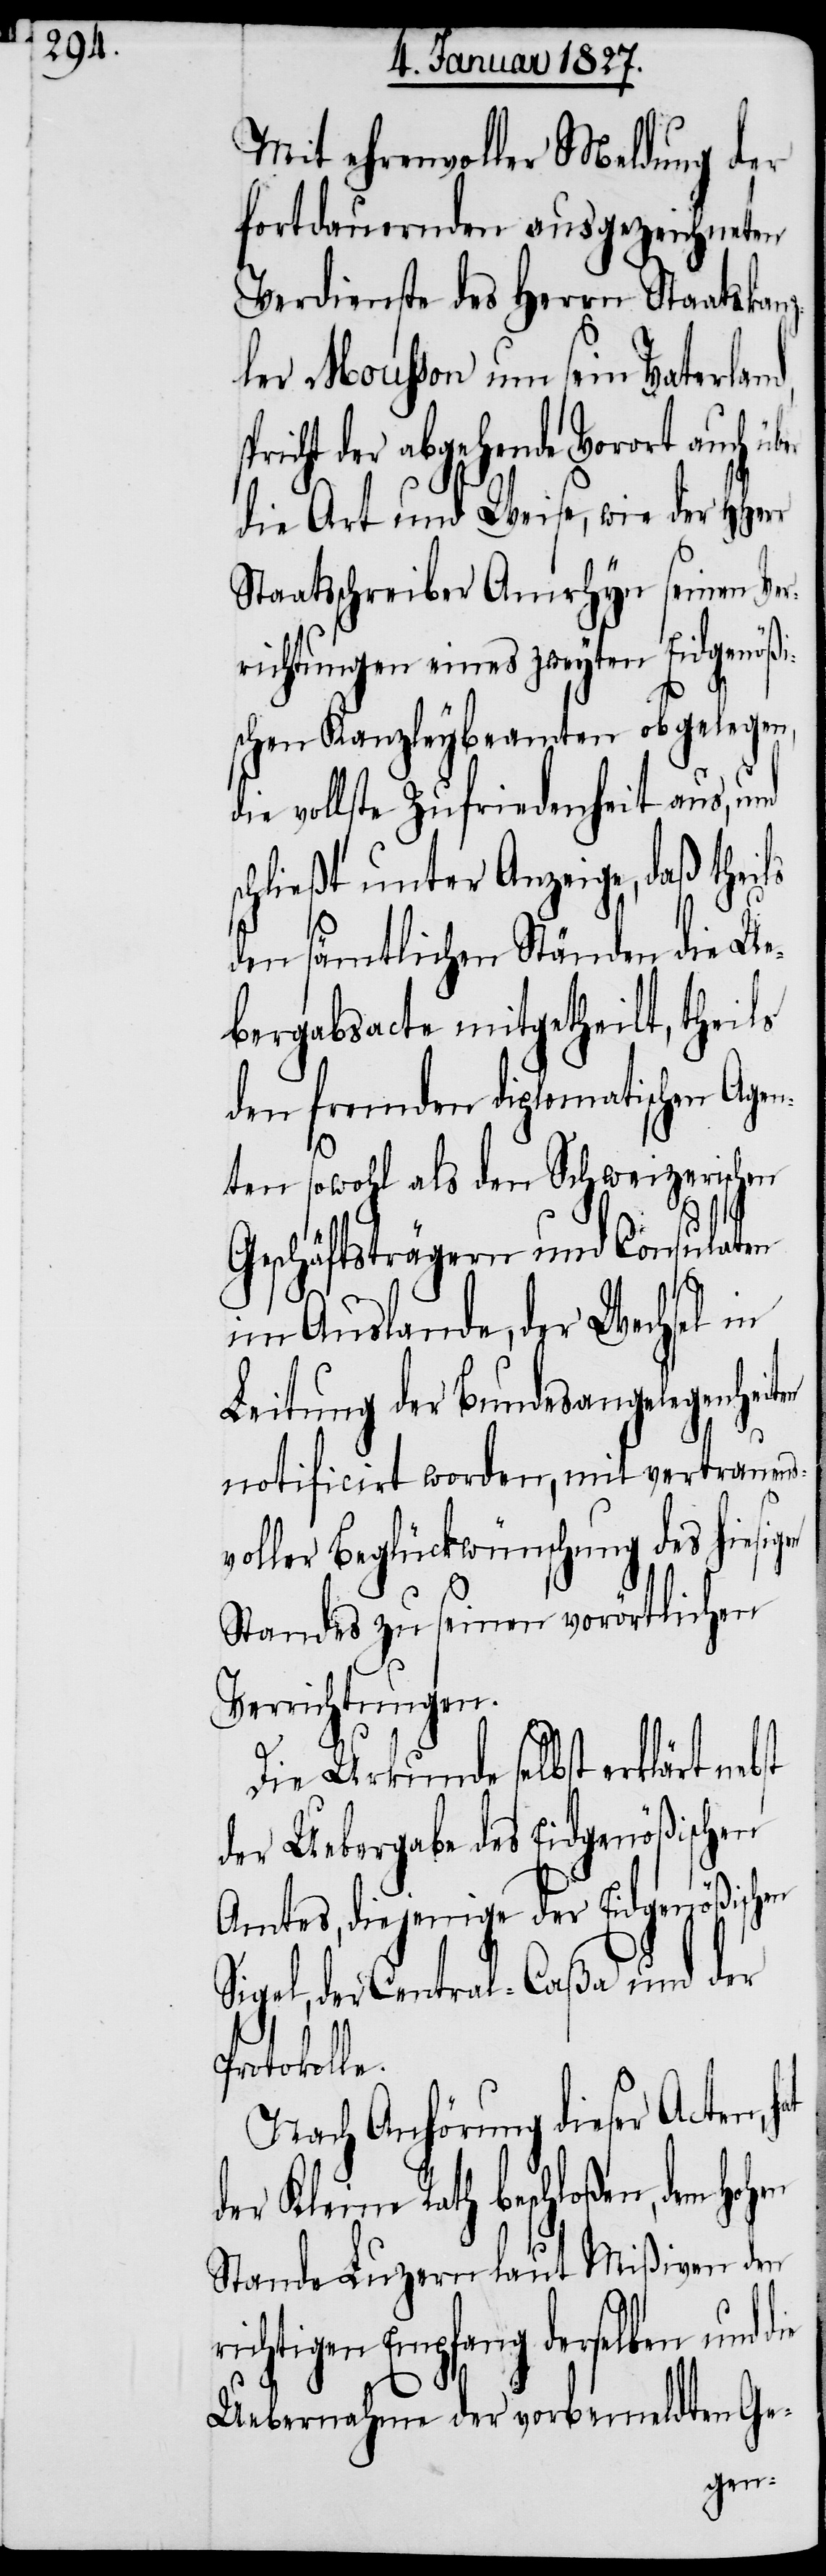
Mit ehrenvoller Meldung der
fortdauernden ausgezeichneten
Verdienste des Herrn Staatskanz¬
ler Mousson um sein Vaterland,
richt der abgehende Vorort auch
die Art und Weise, wie der HHerr
Staatsschreiber Amrhyn seinen Ver¬
richtungen eines zweyten Eidgenößi¬
de¬
schen Kanzleybeamten obgelegen,
die vollste Zufriedenheit aus, und
schließt unter Anzeige, daß theils
den sämtlichen Ständen die Ue¬
bergabsacte mitgetheilt, theils
den fremden diplomatischen Agen¬
ten sowohl als den Schweizerischen
Geschäftsträgern und Consulaten
im Auslande, der Wechsel in
Leitung der Bundesangelegenhei¬
notificirt worden, mit vertrauens¬
voller Beglückwünschung des hiesig¬
Standes zu seinen vorörtlichen
Verrichtungen.
Die Urkunde selbst erklärt
der Uebergabe des Eidgenößischen
Amtes, diejenige der Eidgenößischen
Sigel, der Central-Caßa und der
Protokol¬
Nach Anhörung dieser Acten,
r Kleine Rath beschloßen, dem
Stande Luzern laut Mißiven den
richtigen Empfang derselben und die
Uebernahme der vorbemeldten Ge-